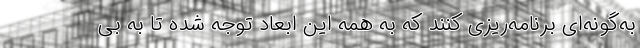
به‌گونه‌ای برنامه‌ریزی کنند که به همه این ابعاد توجه شده تا به بی